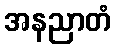
အနညာတံ